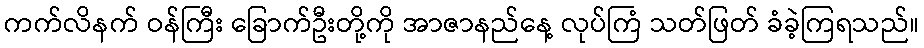
ကက်လိနက် ဝန်ကြီး ခြောက်ဦးတို့ကို အာဇာနည်နေ့ လုပ်ကြံ သတ်ဖြတ် ခံခဲ့ကြရသည်။